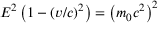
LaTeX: E ^ { 2 } \left( 1 - ( v / c ) ^ { 2 } \right) = \left( m _ { 0 } c ^ { 2 } \right) ^ { 2 }